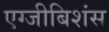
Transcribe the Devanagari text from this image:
एग्जीबिशंस